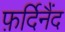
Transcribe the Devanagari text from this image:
फ़र्दिनैंद